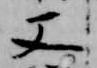
又